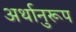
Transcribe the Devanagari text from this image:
अर्थानुरूप